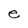
Character: e